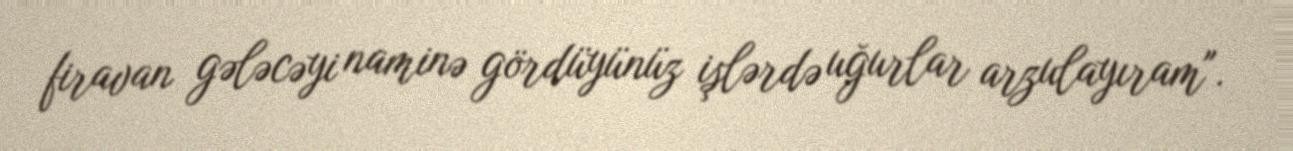
firavan gələcəyi naminə gördüyünüz işlərdə uğurlar arzulayıram".